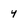
Character: 4